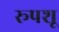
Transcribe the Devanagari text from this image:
रूपशू